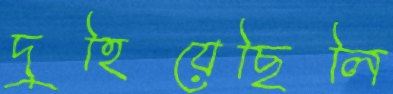
দুহিয়েছিলি